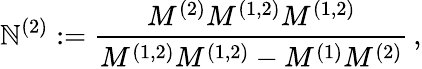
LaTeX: \mathbb{N}^{(2)}:=\frac{{M^{(2)}M^{(1,2)}M^{(1,2)}}}{{M^{(1,2)}M^{(1,2)}-M^{(1)}M^{(2)}}}\, ,